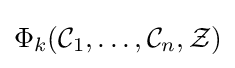
\Phi _{k}({\mathcal {C}}_{1},\ldots ,{\mathcal {C}}_{n},{\mathcal {Z}})